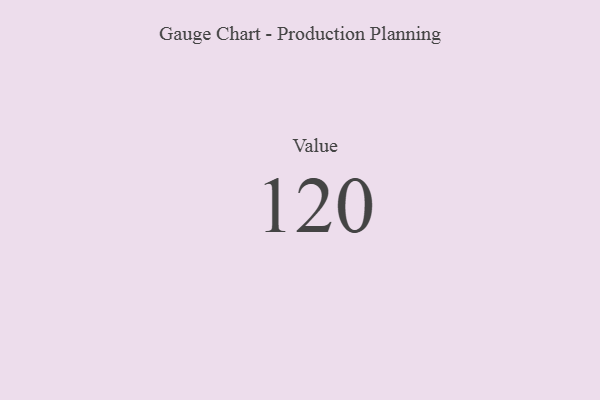
{"axis": {"x": "Metric", "y": "Value"}, "legend": [""], "data": [{"x": "Value", "y": 120, "type": ""}]}